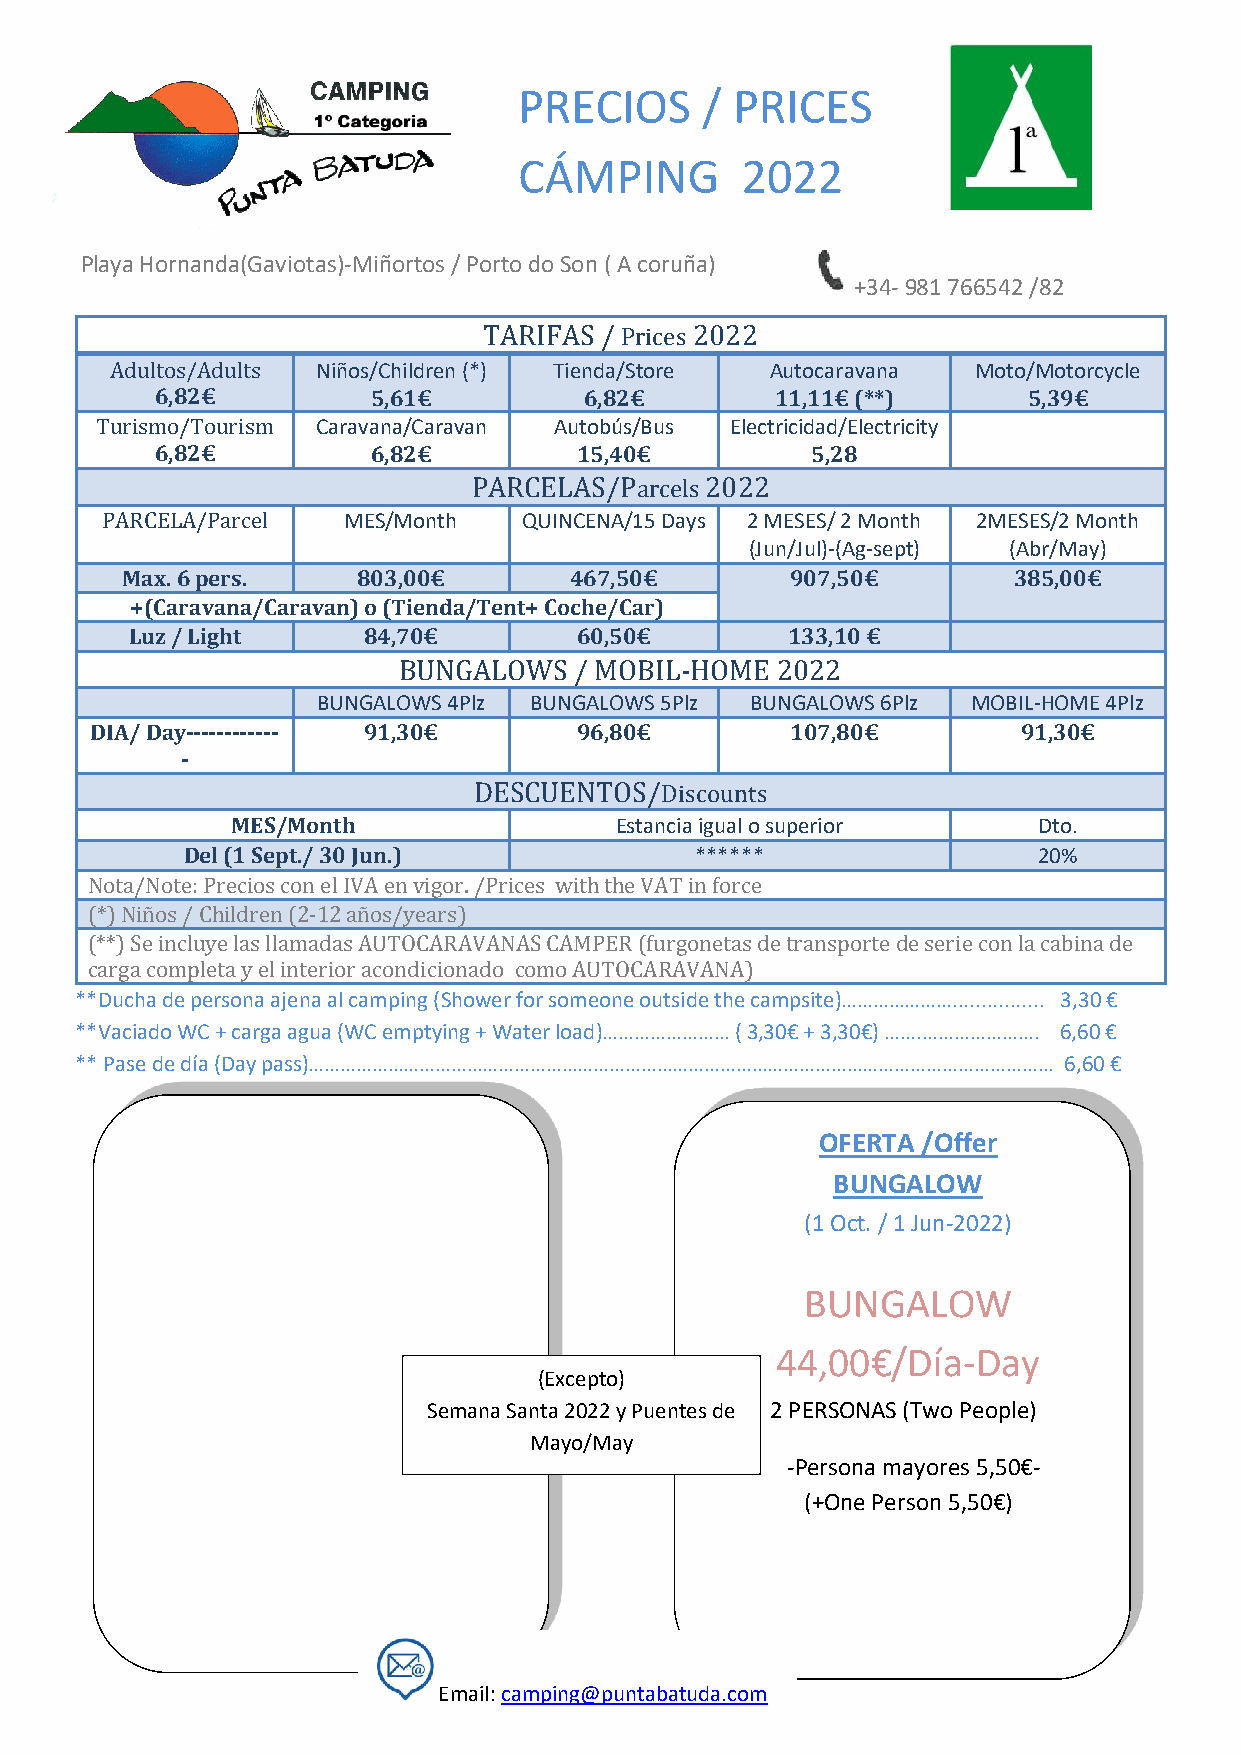
PRECIOS     /  PRICES
 CÁMPING        2022
 Playa Hornanda(Gaviotas)-Miñortos / Porto do Son ( A coruña)
 +34- 981 766542 /82
 TARIFAS / Prices 2022
 Adultos/Adults Niños/Children (*) Tienda/Store Autocaravana Moto/Motorcycle
 6,82€          5,61€         6,82€       11,11€ (**)      5,39€
 Turismo/Tourism Caravana/Caravan Autobús/Bus Electricidad/Electricity
 6,82€          6,82€        15,40€          5,28
 PARCELAS/Parcels 2022
 PARCELA/Parcel  MES/Month   QUINCENA/15 Days 2 MESES/ 2 Month 2MESES/2 Month
 (Jun/Jul)-(Ag-sept) (Abr/May)
 Max. 6 pers.    803,00€       467,50€       907,50€        385,00€
 +(Caravana/Caravan) o (Tienda/Tent+ Coche/Car)
 Luz / Light    84,70€        60,50€        133,10 €
 BUNGALOWS   / MOBIL-HOME 2022
 BUNGALOWS 4Plz BUNGALOWS 5Plz BUNGALOWS 6Plz MOBIL-HOME 4Plz
 DIA/ Day------------ 91,30€     96,80€        107,80€         91,30€
 -
 DESCUENTOS/Discounts
 MES/Month                 Estancia igual o superior   Dto.
 Del (1 Sept./ 30 Jun.)            ******                 20%
 Nota/Note: Precios con el IVA en vigor. /Prices with the VAT in force
 (*) Niños / Children (2-12 años/years)
 (**) Se incluye las llamadas AUTOCARAVANAS CAMPER (furgonetas de transporte de serie con la cabina de
 carga completa y el interior acondicionado como AUTOCARAVANA)
 **Ducha de persona ajena al camping (Shower for someone outside the campsite)…………………................ 3,30 €
 **Vaciado WC + carga agua (WC emptying + Water load)…………………… ( 3,30€ + 3,30€) …….…………………. 6,60 €
 ** Pase de día (Day pass)…………………………………………………………………………………………………………………………… 6,60 €
 OFERTA /Offer
 BUNGALOW
 (1 Oct. / 1 Jun-2022)
 BUNGALOW
 44,00€/Día-Day
 (Excepto)
 Semana Santa 2022 y Puentes de 2 PERSONAS (Two People)
 Mayo/May
 -Persona mayores 5,50€-
 (+One Person 5,50€)
 Email: camping@puntabatuda.com